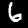
Label: 6